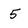
Character: 5